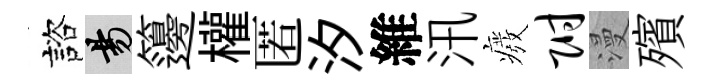
諮昜籩權匿汐維汛癈附漫殯